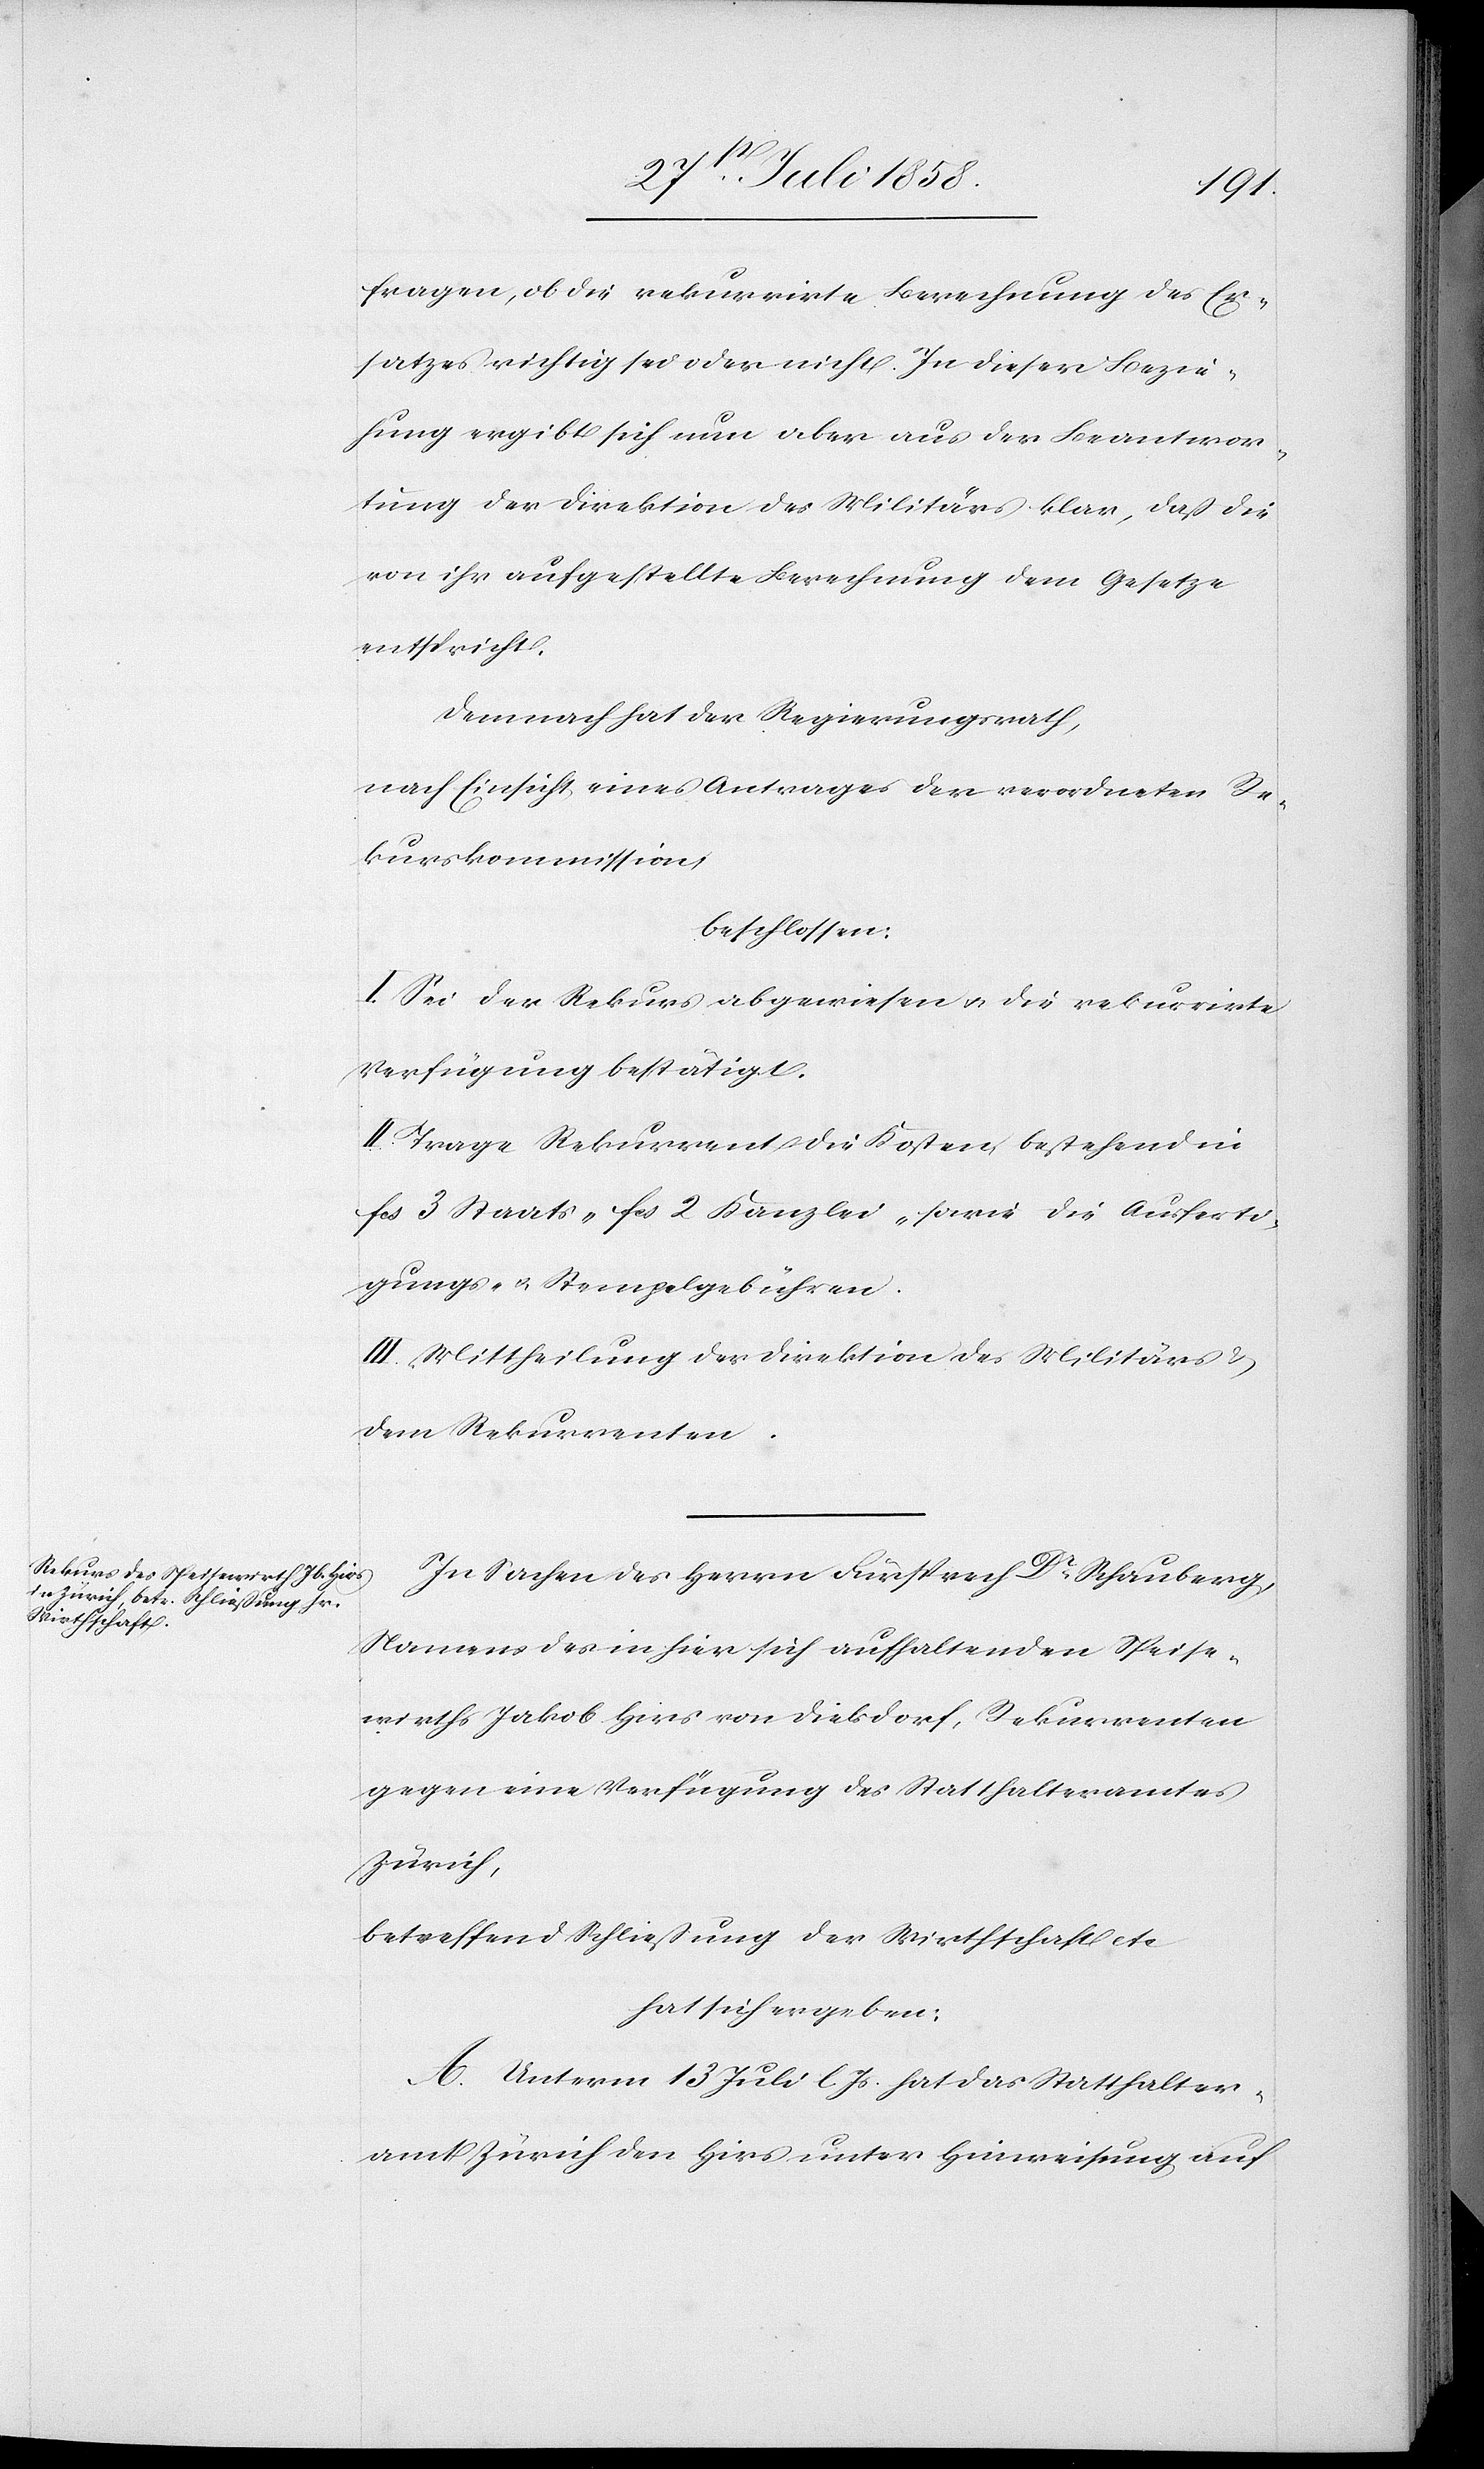
fragen, ob die rekurrirte Berechnung des Er¬
satzes richtig sei oder nicht. In dieser Bezie¬
hung ergibt sich nun aber aus der Beantwor¬
tung der Direktion des Militärs klar, daß die
von ihr aufgestellte Berechnung dem Gesetze
entspricht.
Demnach hat der Regierungsrath,
nach Einsicht eines Antrages der verordneten Re¬
kurskommission,
beschlossen:
I. Sei der Rekurs abgewiesen & die rekurrirte
Verfügung bestätigt.
II. Trage Rekurrent die Kosten, bestehend in
fcs 3 Staats-[,] fcs 2 Kanzlei-[,] sowie die Ausferti¬
gungs- & Stempelgebühren.
III. Mittheilung der Direktion des Militärs &
dem Rekurrenten.
In Sachen des Herrn Fürsprech Dr. Schauberg,
Namens des in hier sich aufhaltenden Speise¬
wirths Jakob Hirs von Dielsdorf, Rekurrenten
gegen eine Verfügung des Statthalteramtes
Zürich,
betreffend Schließung der Wirthschaft etc.
hat sich ergeben:
A. Unterm 13 Juli l. Js. hat das Statthalter¬
amt Zürich den Hirs unter Hinweisung auf